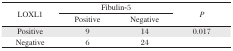
| <ROWSPAN=2> LOXL1 | <COLSPAN=2> Fibulin-5 | <ROWSPAN=2> P |
 | Positive | Negative |
 | --- | --- | --- | --- |
 | Positive | 9 | 14 | 0.017 |
 | Negative | 6 | 24 |  |